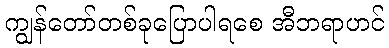
ကျွန်တော်တစ်ခုပြောပါရစေ အီဘရာဟင်